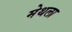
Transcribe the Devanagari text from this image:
मेथला